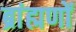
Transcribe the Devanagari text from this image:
ब्रांह्मणों